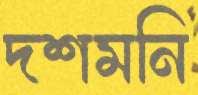
দশমনি